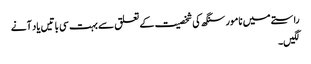
راستے میں نامور سنگھ کی شخصیت کے تعلق سے بہت سی باتیں یاد آنے
لگیں۔